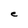
Character: e